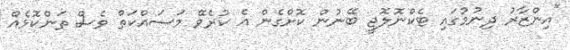
"އިންޒާރު ދިނުމުގައި ޓެކްނޮލޮޖީ ބޭނުން ކޮށްގެން އެ ކުރެވޭ މަސައްކަތް ވެސް ތަންކޮޅެއް